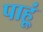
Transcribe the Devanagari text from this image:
पाहू्ं